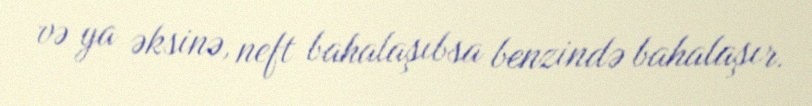
və ya əksinə, neft bahalaşıbsa benzində bahalaşır.